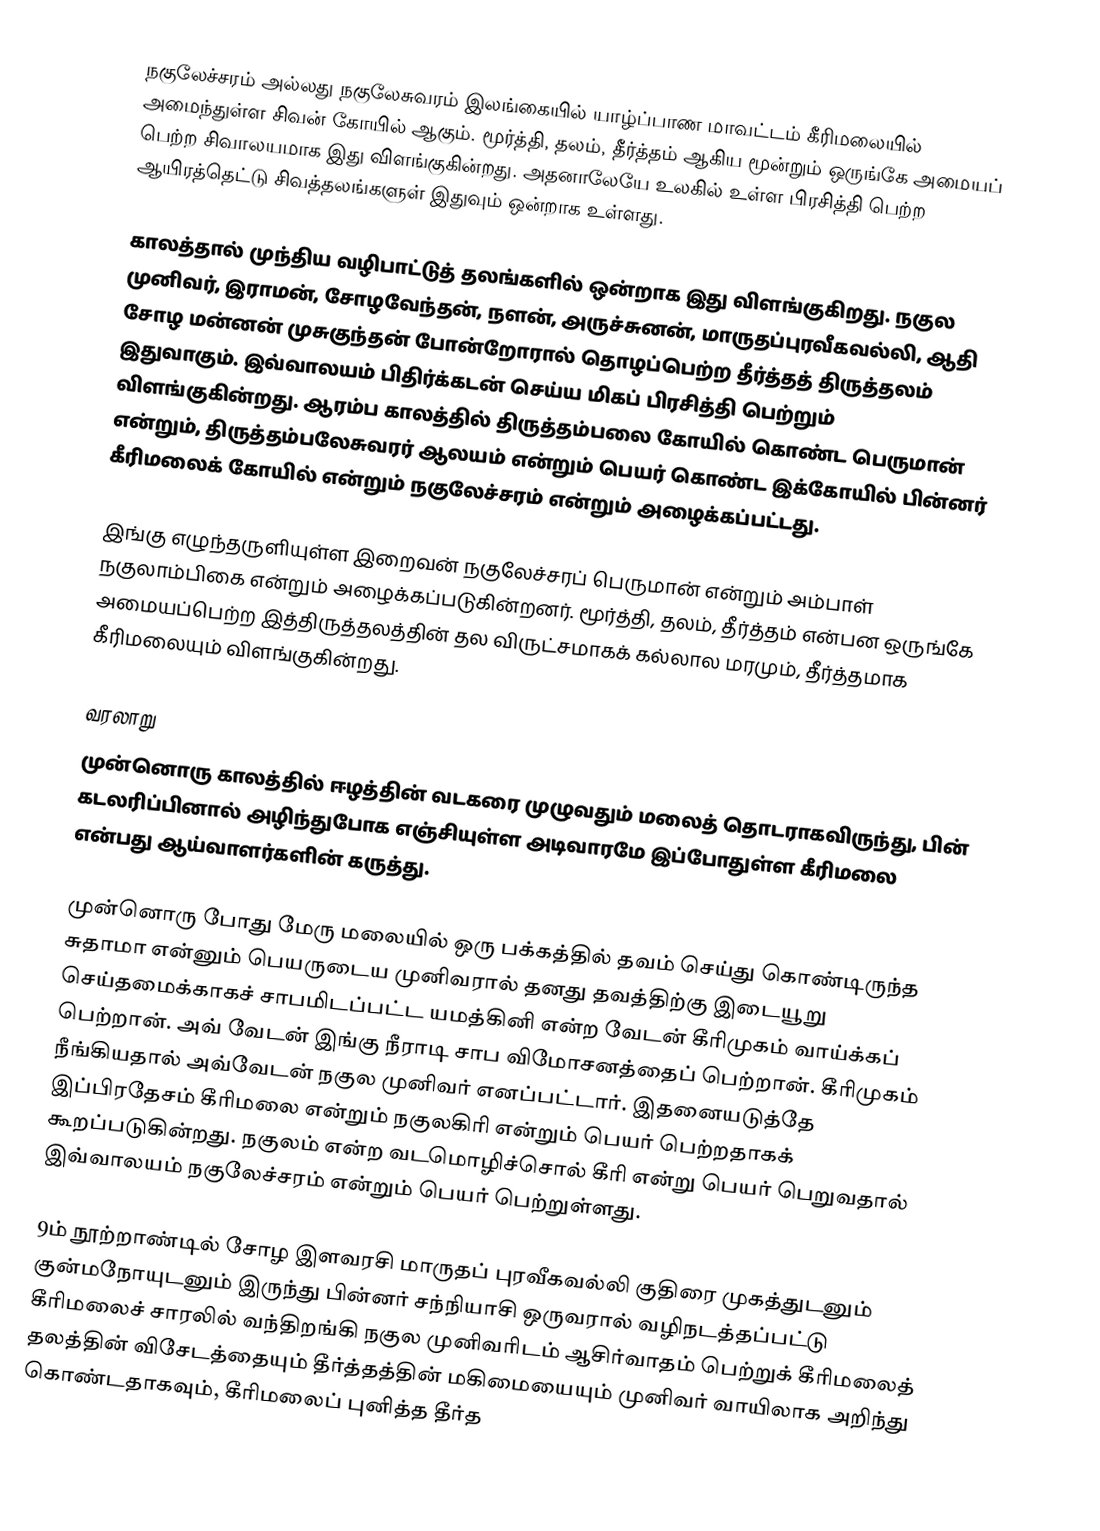
நகுலேச்சரம் அல்லது நகுலேசுவரம் இலங்கையில் யாழ்ப்பாண மாவட்டம் கீரிமலையில் அமைந்துள்ள சிவன் கோயில் ஆகும். மூர்த்தி, தலம், தீர்த்தம் ஆகிய மூன்றும் ஒருங்கே அமையப் பெற்ற சிவாலயமாக இது விளங்குகின்றது. அதனாலேயே உலகில் உள்ள பிரசித்தி பெற்ற ஆயிரத்தெட்டு சிவத்தலங்களுள் இதுவும் ஒன்றாக உள்ளது.

காலத்தால் முந்திய வழிபாட்டுத் தலங்களில் ஒன்றாக இது விளங்குகிறது. நகுல முனிவர், இராமன், சோழவேந்தன், நளன், அருச்சுனன், மாருதப்புரவீகவல்லி, ஆதி சோழ மன்னன் முசுகுந்தன் போன்றோரால் தொழப்பெற்ற தீர்த்தத் திருத்தலம் இதுவாகும். இவ்வாலயம் பிதிர்க்கடன் செய்ய மிகப் பிரசித்தி பெற்றும் விளங்குகின்றது. ஆரம்ப காலத்தில் திருத்தம்பலை கோயில் கொண்ட பெருமான் என்றும், திருத்தம்பலேசுவரர் ஆலயம் என்றும் பெயர் கொண்ட இக்கோயில் பின்னர் கீரிமலைக் கோயில் என்றும் நகுலேச்சரம் என்றும் அழைக்கப்பட்டது.

இங்கு எழுந்தருளியுள்ள இறைவன் நகுலேச்சரப் பெருமான் என்றும் அம்பாள் நகுலாம்பிகை என்றும் அழைக்கப்படுகின்றனர். மூர்த்தி, தலம், தீர்த்தம் என்பன ஒருங்கே அமையப்பெற்ற இத்திருத்தலத்தின் தல விருட்சமாகக் கல்லால மரமும், தீர்த்தமாக கீரிமலையும் விளங்குகின்றது.

வரலாறு
முன்னொரு காலத்தில் ஈழத்தின் வடகரை முழுவதும் மலைத் தொடராகவிருந்து, பின் கடலரிப்பினால் அழிந்துபோக எஞ்சியுள்ள அடிவாரமே இப்போதுள்ள கீரிமலை என்பது ஆய்வாளர்களின் கருத்து.

முன்னொரு போது மேரு மலையில் ஒரு பக்கத்தில் தவம் செய்து கொண்டிருந்த சுதாமா என்னும் பெயருடைய முனிவரால் தனது தவத்திற்கு இடையூறு செய்தமைக்காகச் சாபமிடப்பட்ட யமத்கினி என்ற வேடன் கீரிமுகம் வாய்க்கப் பெற்றான். அவ் வேடன் இங்கு நீராடி சாப விமோசனத்தைப் பெற்றான். கீரிமுகம் நீங்கியதால் அவ்வேடன் நகுல முனிவர் எனப்பட்டார். இதனையடுத்தே இப்பிரதேசம் கீரிமலை என்றும் நகுலகிரி என்றும் பெயர் பெற்றதாகக் கூறப்படுகின்றது. நகுலம் என்ற வடமொழிச்சொல் கீரி என்று பெயர் பெறுவதால் இவ்வாலயம் நகுலேச்சரம் என்றும் பெயர் பெற்றுள்ளது.

9ம் நூற்றாண்டில் சோழ இளவரசி மாருதப் புரவீகவல்லி குதிரை முகத்துடனும் குன்மநோயுடனும் இருந்து பின்னர் சந்நியாசி ஒருவரால் வழிநடத்தப்பட்டு கீரிமலைச் சாரலில் வந்திறங்கி நகுல முனிவரிடம் ஆசிர்வாதம் பெற்றுக் கீரிமலைத் தலத்தின் விசேடத்தையும் தீர்த்தத்தின் மகிமையையும் முனிவர் வாயிலாக அறிந்து கொண்டதாகவும், கீரிமலைப் புனித்த தீர்த